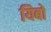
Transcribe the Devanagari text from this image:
यिबो